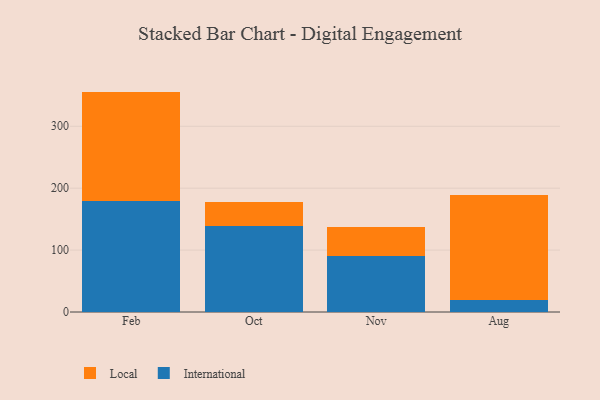
{"axis": {"x": "Month", "y": "Page Views"}, "legend": ["International", "Local"], "data": [{"x": "Feb", "y": 178.6, "type": "International"}, {"x": "Feb", "y": 177.4, "type": "Local"}, {"x": "Oct", "y": 138.2, "type": "International"}, {"x": "Oct", "y": 40.0, "type": "Local"}, {"x": "Nov", "y": 91.2, "type": "International"}, {"x": "Nov", "y": 46.6, "type": "Local"}, {"x": "Aug", "y": 19.4, "type": "International"}, {"x": "Aug", "y": 168.8, "type": "Local"}]}